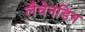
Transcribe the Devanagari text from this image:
लैवेनडिन